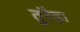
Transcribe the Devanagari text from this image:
तुरैहा